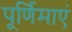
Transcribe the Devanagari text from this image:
पूर्णिमाएं